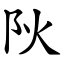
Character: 阦